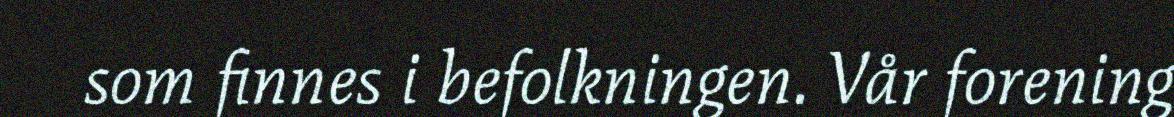
som finnes i befolkningen. Vår forening